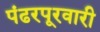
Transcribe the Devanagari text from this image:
पंढरपूरवारी